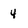
Character: 4